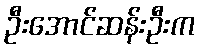
ဦးအောင်ဆန်းဦးက